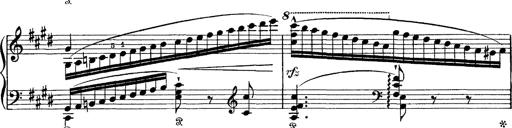
Title: Tarantelle di bravura dâ€™aprÃ¨s la tarantelle de La muette de Portici
Composer: Franz Liszt